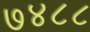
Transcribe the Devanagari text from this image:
७४८८